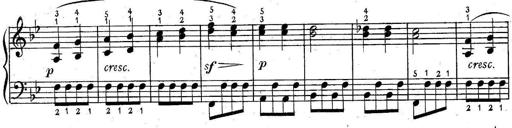
Title: 6 Easy Sonatinas
Composer: Carl Czerny